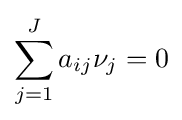
\sum _{j=1}^{J}a_{ij}\nu _{j}=0